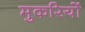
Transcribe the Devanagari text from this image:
मुकरियों